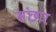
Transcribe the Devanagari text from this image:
संछार